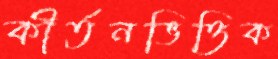
কীর্তনভিত্তিক